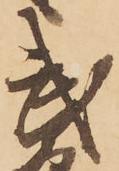
武